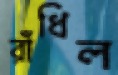
রাঁধিল